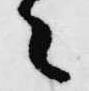
々